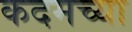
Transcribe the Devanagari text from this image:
कदमच्या